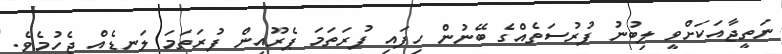
ނަތީޖާއަކަށްވީ ލިބުނު ފުރުސަތެއްގެ ބޭނުން ހިފައި ފުރަތަމަ ޕެރޫއިން ފުރަތަމަ ލަނޑެއް ޖެހުމެވެ.